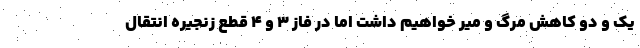
یک و دو کاهش مرگ و میر خواهیم داشت اما در فاز ۳ و ۴ قطع زنجیره انتقال